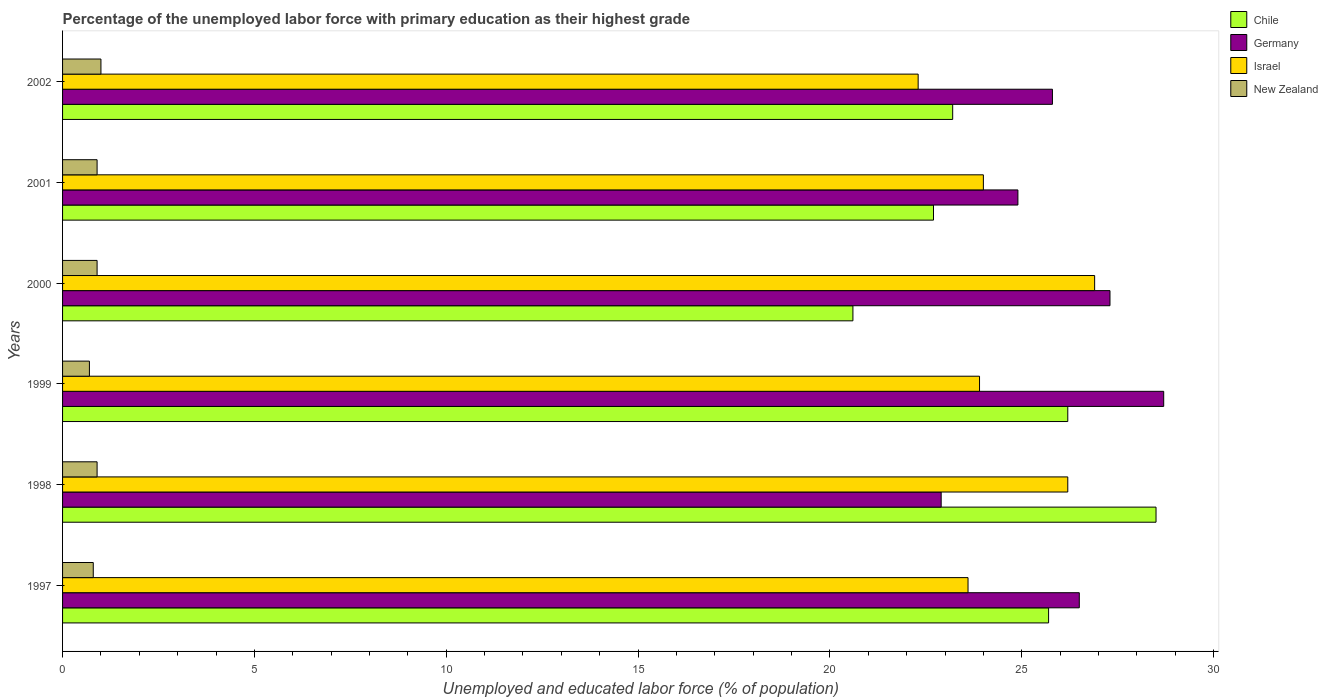
| Years | Chile | Germany | Israel | New Zealand |
 | --- | --- | --- | --- | --- |
 | 1997 | 25.7 | 26.5 | 23.6 | 0.8 |
 | 1998 | 28.5 | 22.9 | 26.2 | 0.9 |
 | 1999 | 26.2 | 28.7 | 23.9 | 0.7 |
 | 2000 | 20.6 | 27.3 | 26.9 | 0.9 |
 | 2001 | 22.7 | 24.9 | 24 | 0.9 |
 | 2002 | 23.2 | 25.8 | 22.3 | 1 |